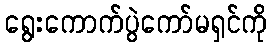
ရွေးကောက်ပွဲကော်မရှင်ကို